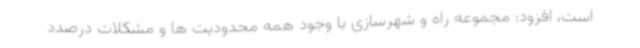
است، افزود: مجموعه راه و شهرسازی با وجود همه محدودیت ها و مشکلات درصدد